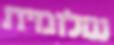
שלומית